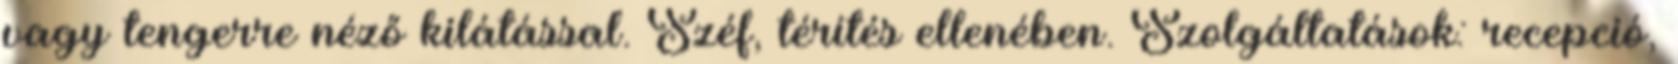
vagy tengerre néző kilátással. Széf, térítés ellenében. Szolgáltatások: recepció,